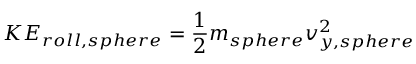
K E _ { r o l l , s p h e r e } = \frac { 1 } { 2 } m _ { s p h e r e } v _ { y , s p h e r e } ^ { 2 }